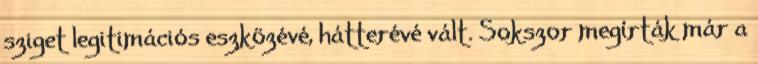
sziget legitimációs eszközévé, hátterévé vált. Sokszor megírták már a